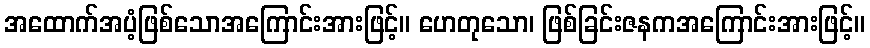
အထောက်အပံ့ဖြစ်သောအကြောင်းအားဖြင့်။ ဟေတုသော၊ ဖြစ်ခြင်းဇနကအကြောင်းအားဖြင့်။